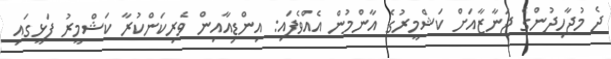
ދެ މުޖާހިދުންގެ ޖަނާޒާއަށް ކަޝްމީރުގެ އާންމުން އެއްވެފައި: އިންޑިއާއިން ވެރިކަންކުރާ ކަޝްމީރު ފަޅީގައި